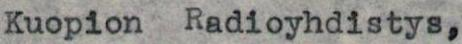
Kuopion Radioyhdistys,